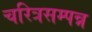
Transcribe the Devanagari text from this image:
चरित्रसम्पन्न